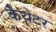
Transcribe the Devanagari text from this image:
कैयेटर